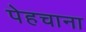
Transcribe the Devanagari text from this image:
पेहचाना